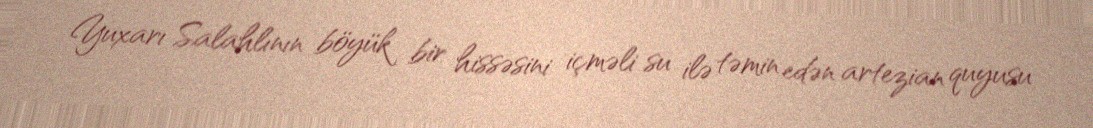
Yuxarı Salahlının böyük bir hissəsini içməli su ilə təmin edən artezian quyusu